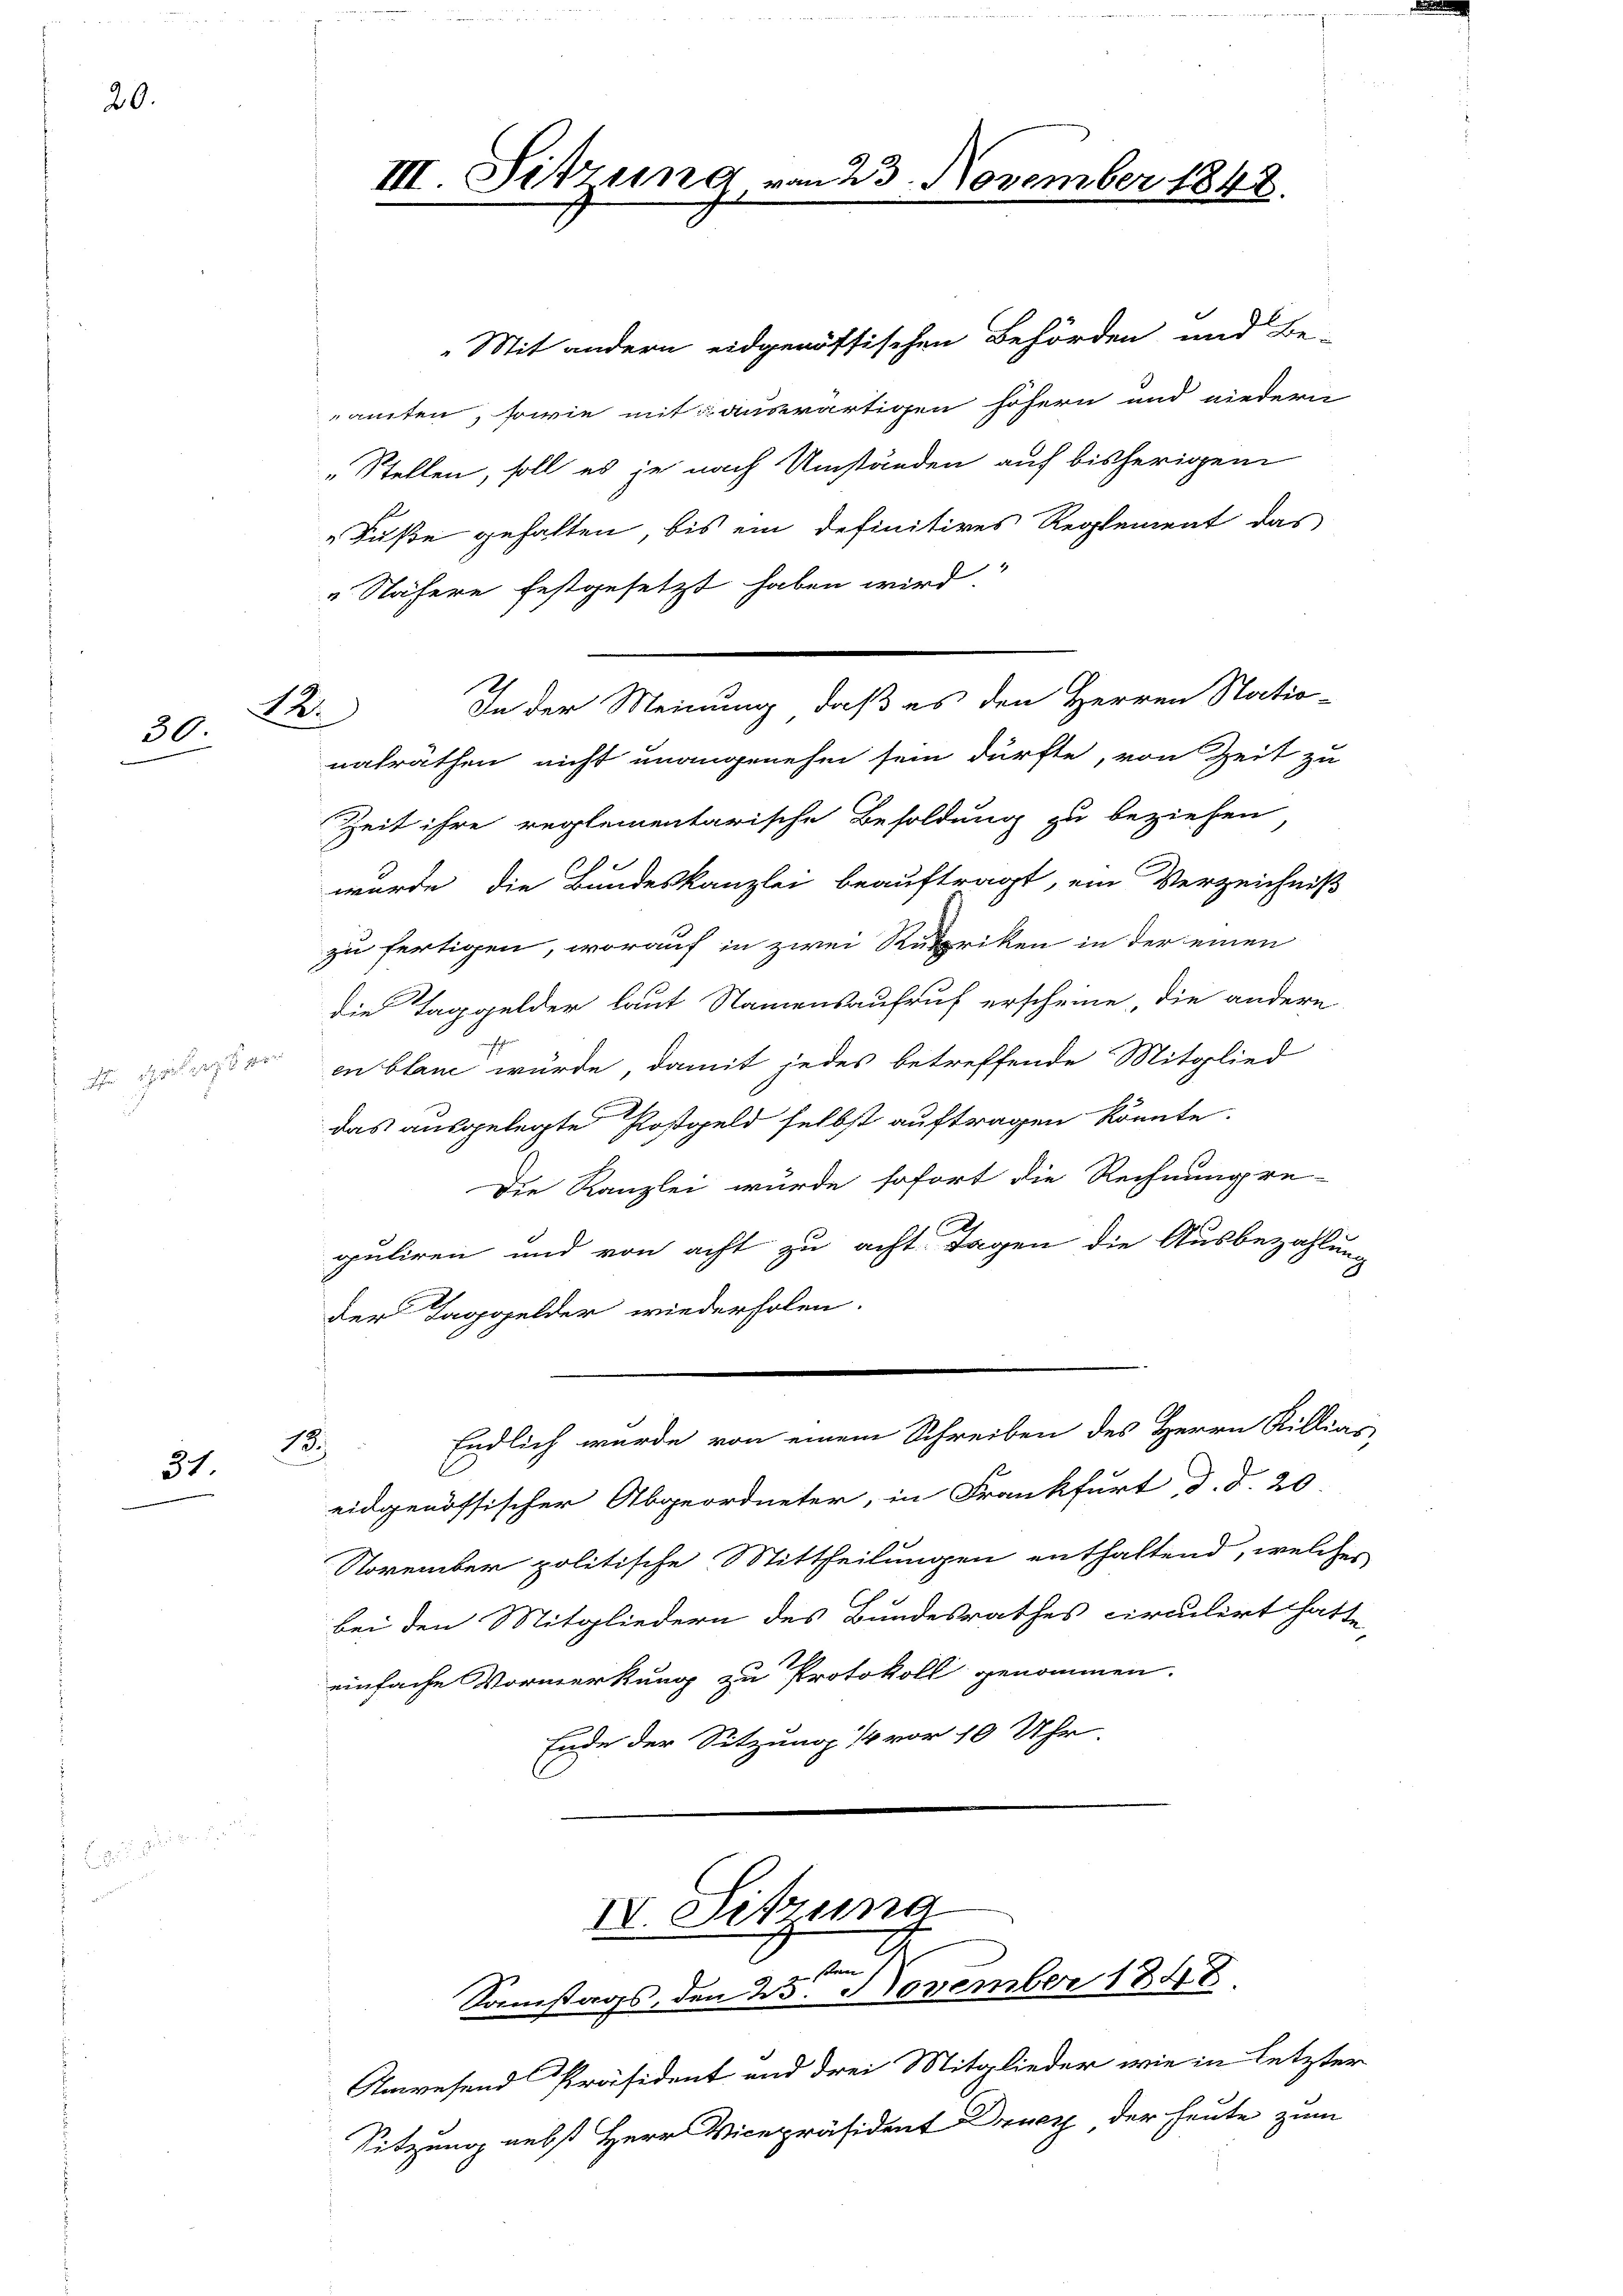
20.

30.

dr Gelegter

31.

„Mit andern eidgenössischen Behörden und Be-
amten, sowie mit auswärtigen höhern und niedern
„Stellen, soll es je nach Umständen auf bisherigem
"Füße gehalten, bis ein definitives Reglement das
4
" Nähere festgesetzt haben wird.
nalräthen nicht unangenehm sein dürfte, von Zeit zu
Zeit ihre reglementarische Besoldung zu beziehen
wurde die Bundeskanzlei beauftragt, ein Verzeichniß
zu fertigen, worauf in zwei Rubriken in der einen
die Taggelder laut Namensaufruf erscheine, die andere
en blanc würde, damit jedes betreffende Mitglied
das ausgelegte Postgeld selbst auftragen könnte.
Die Kanzlei wurde sofort die Rechnungre-
guliren und von acht zu acht Tagen die Ausbezahlung
Der Taggelder wiederholen.
Endlich wurde von einem Schreiben des Herrn Rillias
13
eidgenössischer Abgeordneter, in Frankfurt, d. d. 20
November politische Mittheilungen enthaltend, welcher
bei den Mitgliedern des Bundesrathes circulirt hatte
einfache Vormerkung zu Protokoll genommen.
Ende der Sitzung 14 vor 10 Uhr.

12.

III. Sitzung, v

In der Meinung, daß es den Herren Natio-

IV. Sitzung
2
Samstags, den 25. November 1848

223. November 1848.

Anwesend Präsident und drei Mitglieder wie in letzter
Sitzung nebst Herr Vicepräsident Druck der heute zum